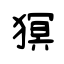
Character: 猽